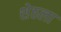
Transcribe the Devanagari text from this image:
शेठला